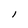
Character: 1